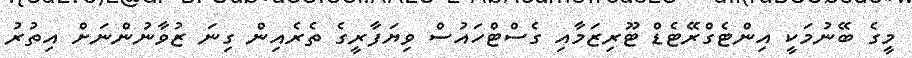
މީގެ ބޭނުމަކީ އިންޓެގްރޭޓެޑް ޓޫރިޒަމާއި ގެސްޓްހައުސް ވިޔަފާރީގެ ތެރެއިން ގިނަ ޒުވާނުންނަށް އިތުރު